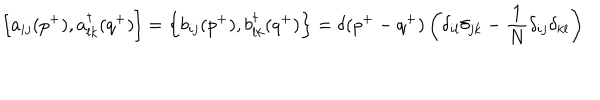
LaTeX: \left[ a _ { i j } ( p ^ { + } ) , a _ { l k } ^ { \dagger } ( q ^ { + } ) \right] = \left\{ b _ { i j } ( p ^ { + } ) , b _ { l k } ^ { \dagger } ( q ^ { + } ) \right\} = \delta ( p ^ { + } - q ^ { + } ) \left( \delta _ { i l } \delta _ { j k } - \frac { 1 } { N } \delta _ { i j } \delta _ { k l } \right)